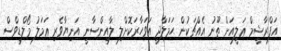
އަފްރާޝީމް ޢަލީއަށް ތޫނު އެއްޗަކުން ޙަމަލާދީ އަވަހާރަކޮށްލި ލާއިންސާނީ އަނިޔާވެރި ޢަމަލު މޯލްޑިވްސް